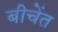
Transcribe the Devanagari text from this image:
बीचेंत